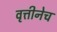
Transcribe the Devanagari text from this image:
वृत्तीनेच